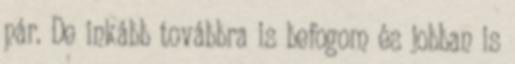
pár. De inkább továbbra is befogom és jobban is